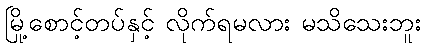
မြို့စောင့်တပ်နှင့် လိုက်ရမလား မသိသေးဘူး